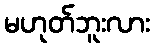
မဟုတ်ဘူးလား